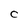
Character: C